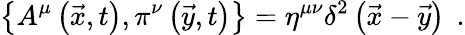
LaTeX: \left\{ A^{\mu}\left(\vec{x},t\right),\pi^{\nu}\left(\vec{y},t\right)\right\} =\eta^{\mu\nu}\delta^{2}\left(\vec{x}-\vec{y}\right)\; \, .